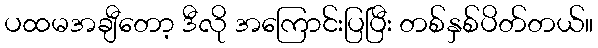
ပထမအချီတော့ ဒီလို အကြောင်းပြပြီး တစ်နှစ်ပိတ်တယ်။